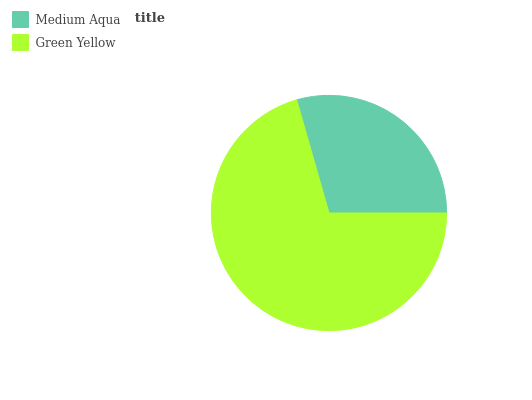
| Medium Aqua | Green Yellow |
 | --- | --- |
 | 29.5% | 70.5% |